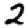
Digit: 2